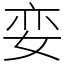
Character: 娈